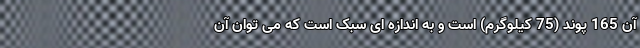
آن 165 پوند (75 کیلوگرم) است و به اندازه ای سبک است که می توان آن